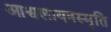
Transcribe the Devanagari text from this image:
आश्वलायनस्मृति